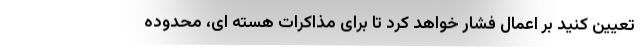
تعیین کنید بر اعمال فشار خواهد کرد تا برای مذاکرات هسته ای، محدوده